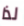
لذا